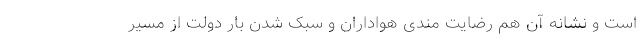
است و نشانه آن هم رضایت مندی هواداران و سبک شدن بار دولت از مسیر